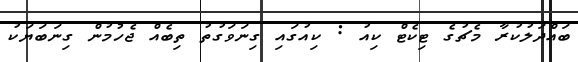
ބައްދަލުކުރާ މެޗުގެ ޓިކެޓް ކިއު : ކިއުގައި ގިނަވަގުތު ތިބެއް ޖެހުމުން ގިނަބަޔަކު